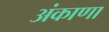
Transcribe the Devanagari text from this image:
अंकाणा